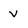
Character: V